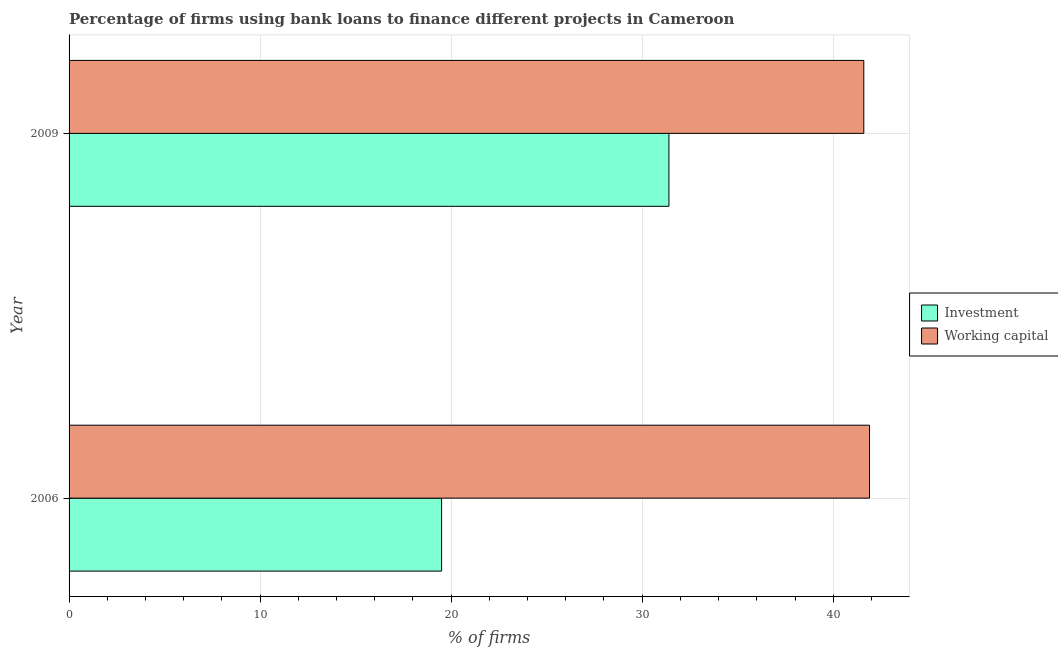
| Year | Investment | Working capital |
 | --- | --- | --- |
 | 2006 | 19.5 | 41.9 |
 | 2009 | 31.4 | 41.6 |